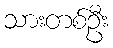
သားတစ်ဦး